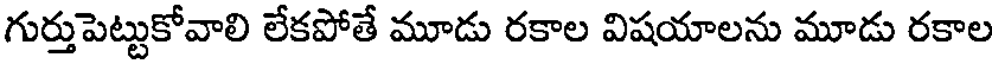
గుర్తుపెట్టుకోవాలి లేకపోతే మూడు రకాల విషయాలను మూడు రకాల